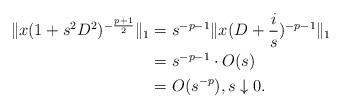
LaTeX: \begin{align*} \|x(1+s^2D^2)^{-\frac{p+1}{2}}\|_1 &= s^{-p-1}\|x(D+\frac{i}{s})^{-p-1}\|_1\\ &= s^{-p-1}\cdot O(s)\\ &= O(s^{-p}),s\downarrow0. \end{align*}